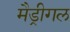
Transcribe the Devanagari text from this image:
मैड्रीगल